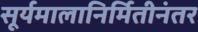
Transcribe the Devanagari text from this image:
सूर्यमालानिर्मितीनंतर